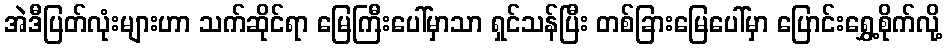
အဲဒီပြတ်လုံးများဟာ သက်ဆိုင်ရာ မြေကြီးပေါ်မှာသာ ရှင်သန်ပြီး တစ်ခြားမြေပေါ်မှာ ပြောင်းရွှေ့စိုက်လို့